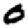
Digit: 0